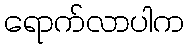
ရောက်လာပါက